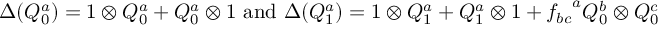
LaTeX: \Delta ( Q _ { 0 } ^ { a } ) = 1 \otimes Q _ { 0 } ^ { a } + Q _ { 0 } ^ { a } \otimes 1 \mathrm { ~ a n d ~ } \Delta ( Q _ { 1 } ^ { a } ) = 1 \otimes Q _ { 1 } ^ { a } + Q _ { 1 } ^ { a } \otimes 1 + { f _ { b c } } ^ { a } Q _ { 0 } ^ { b } \otimes Q _ { 0 } ^ { c }